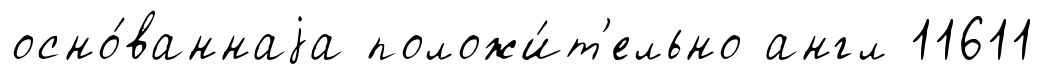
осно́ваннаjа положи́т'ельно англ 11611